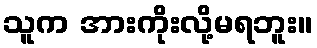
သူက အားကိုးလို့မရဘူး။